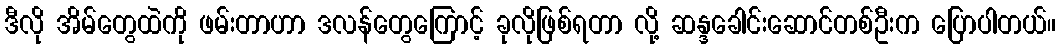
ဒီလို အိမ်တွေထဲကို ဖမ်းတာဟာ ဒလန်တွေကြောင့် ခုလိုဖြစ်ရတာ လို့ ဆန္ဒခေါင်းဆောင်တစ်ဦးက ပြောပါတယ်။